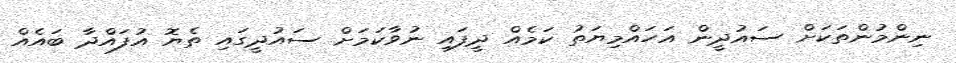
ނިންމުންތަކަށް ސައުދީން އަހައްމިޔަތު ކަމެއް ދީފައި ނުވާކަމަށް ސައުދީގައި ތެޔޮ އުފައްދާ ބައެއް